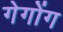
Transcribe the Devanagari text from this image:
गेगोंग